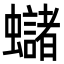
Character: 蠩